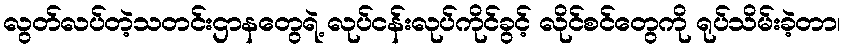
လွတ်လပ်တဲ့သတင်းဌာနတွေရဲ့ လုပ်ငန်းလုပ်ကိုင်ခွင့် လိုင်စင်တွေကို ရုပ်သိမ်းခဲ့တာ၊